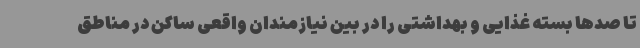
تا صدها بسته غذایی و بهداشتی را در بین نیازمندان واقعی ساکن در مناطق